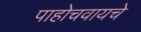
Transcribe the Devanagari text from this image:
पाहोचवायचे